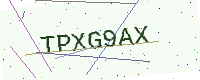
Text: TPXG9AX